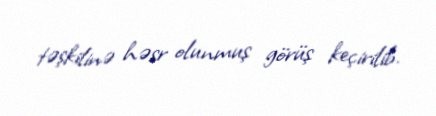
təşkilinə həsr olunmuş görüş keçirilib.